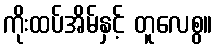
ကိုးထပ်အိမ်နှင့် တူလေစွ။